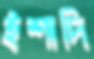
ইশাদি